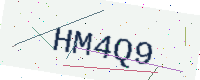
Text: HM4Q9